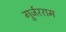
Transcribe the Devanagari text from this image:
गुर्जरराम